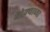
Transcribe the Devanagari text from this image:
खोक्याच्या